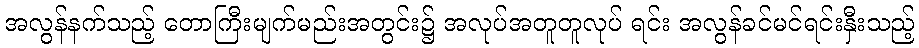
အလွန်နက်သည့် တောကြီးမျက်မည်းအတွင်း၌ အလုပ်အတူတူလုပ် ရင်း အလွန်ခင်မင်ရင်းနှီးသည့်